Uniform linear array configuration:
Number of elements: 4
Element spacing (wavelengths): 0.75
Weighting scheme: hann
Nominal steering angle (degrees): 15
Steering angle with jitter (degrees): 14.258
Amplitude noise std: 0.05
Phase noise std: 0.05

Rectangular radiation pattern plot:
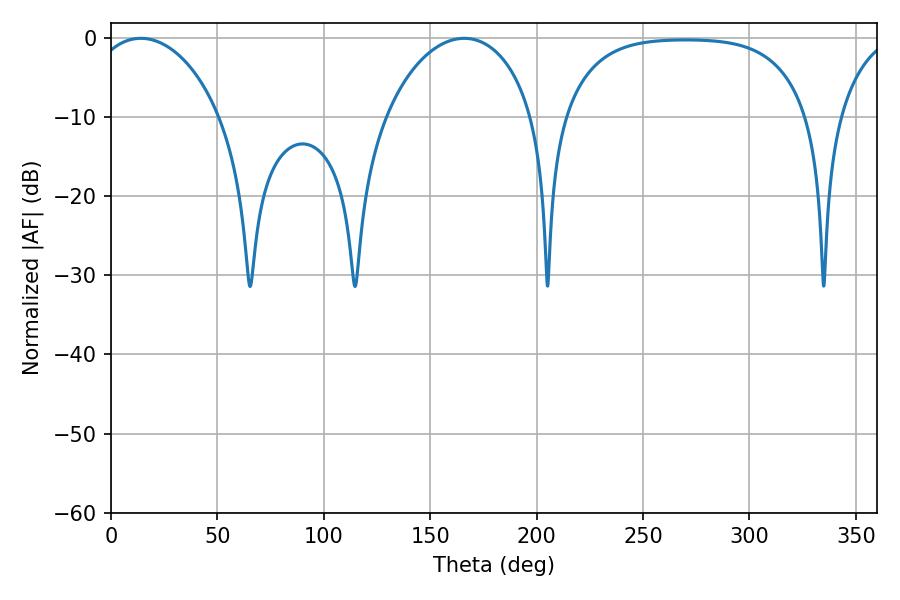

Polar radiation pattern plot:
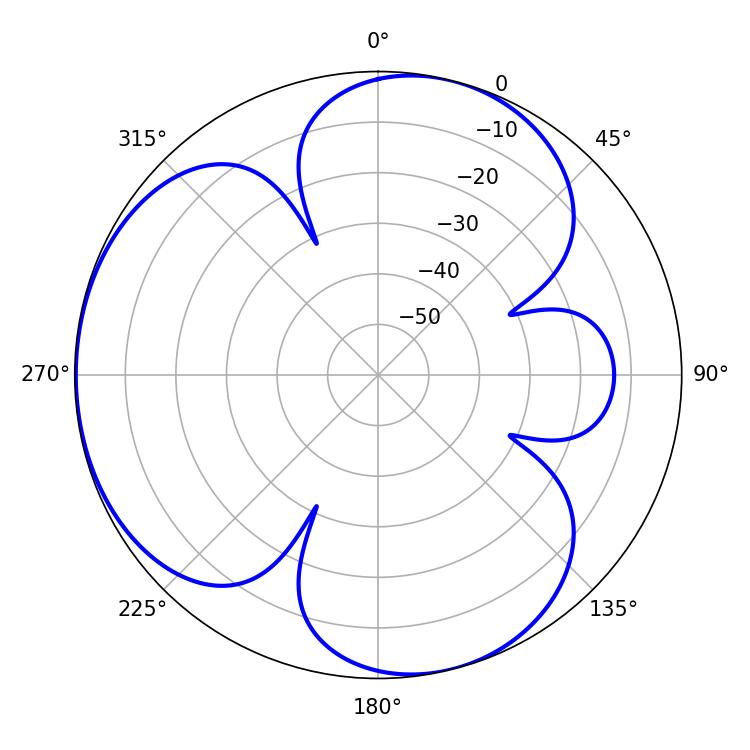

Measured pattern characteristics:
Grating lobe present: TRUE
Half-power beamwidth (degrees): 35.1
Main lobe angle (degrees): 14.04